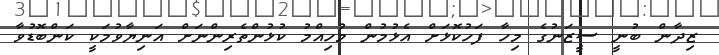
ޒިދާން ބުނީ ސީޒަނުގެ މިހާ ފަހުކޮޅަށް އެޅުމުން މުހިއްމު ކުޅުންތެރިންނަށް އަނިޔާވުމަކީ ކަންބޮޑުވާ